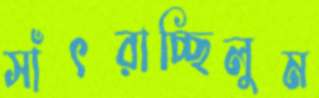
সাঁৎরাচ্ছিলুম